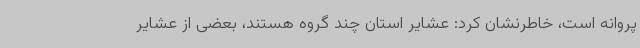
پروانه است، خاطرنشان کرد: عشایر استان چند گروه هستند، بعضی از عشایر